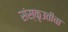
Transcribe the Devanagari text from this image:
संस्कृउतीचा